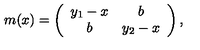
m ( x ) = \left( \begin{array} { c c } { y _ { 1 } - x } & { b } \\ { b } & { y _ { 2 } - x } \\ \end{array} \right) ,